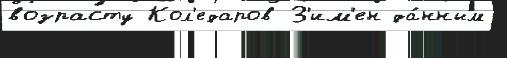
возрасту Кол'едаров З'им'ен да́нным